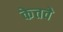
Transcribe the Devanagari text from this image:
केतवे